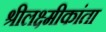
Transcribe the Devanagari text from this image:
श्रीलक्ष्मीकांता